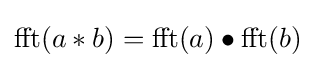
{\text{fft}}(a*b)={\text{fft}}(a)\bullet {\text{fft}}(b)